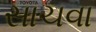
સાચવા